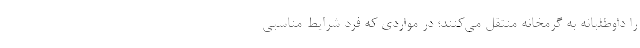
را داوطلبانه به گرمخانه منتقل می‌کنند؛ در مواردی که فرد شرایط مناسبی